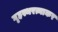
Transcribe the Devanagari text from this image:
गृहस्थरत्नाकर